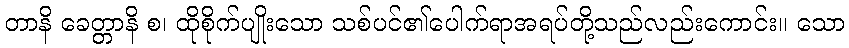
တာနိ ခေတ္တာနိ စ၊ ထိုစိုက်ပျိုးသော သစ်ပင်၏ပေါက်ရာအရပ်တို့သည်လည်းကောင်း။ သော